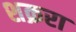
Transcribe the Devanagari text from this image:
शक्ररा